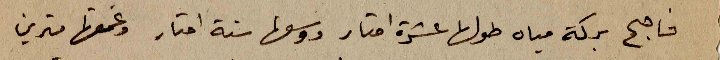
فاصبح بركة مياه طولها عشرة امتار ووسعها ستة امتار وغمقها مترين